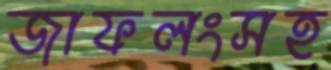
জাফলংসহ